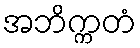
အဘိက္ကတံ